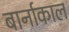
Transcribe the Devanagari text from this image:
बार्नाकाल